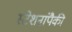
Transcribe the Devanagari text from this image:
स्टेशनांपैकी